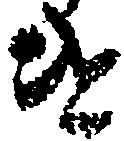
け